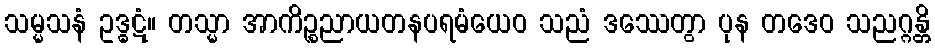
သမ္မသနံ ဥဒ္ဓဋံ။ တသ္မာ အာကိဉ္စညာယတနပရမံယေဝ သညံ ဒဿေတွာ ပုန တဒေဝ သညဂ္ဂန္တိ